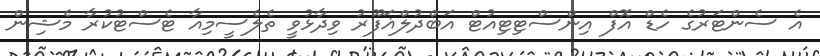
އެ ސެންޓަރުގެ ހެޑް އޮފް އިންސްޓިޓިއުޓް އަބްދުލްޣަފޫރު ވިދާޅުވީ ތެލެސީމިއާ ޓެސްޓުކުރާ މެޝިން